Report on vaccination in Madras 1877-1894 - 1877-1894
Year: 1877
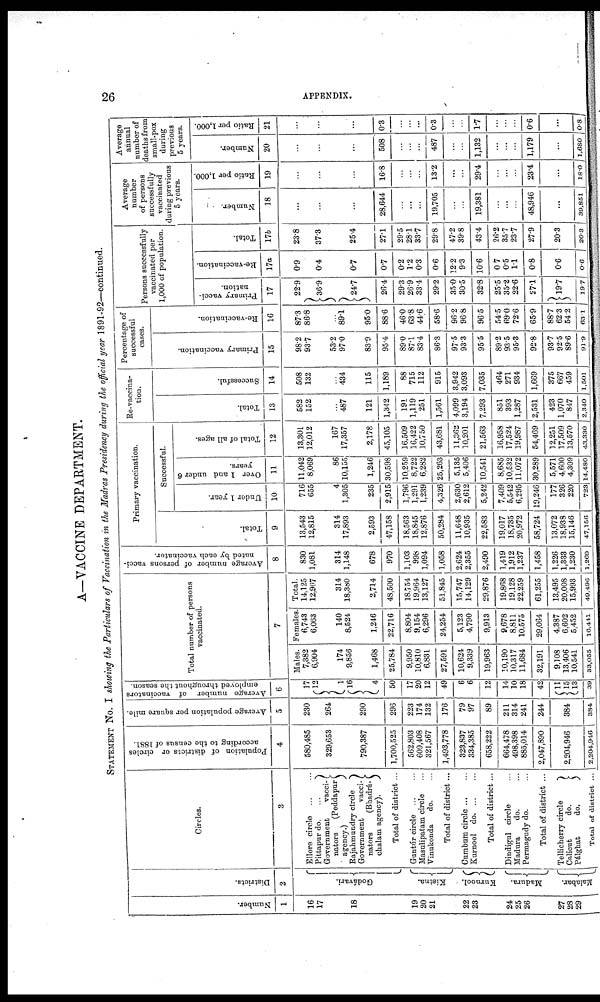
26
APPENDIX.
A—VACCINE DEPARTMENT.
STATEMENT No. I showing the Particulars of Vaccination in the Madras Presidency during the official year 1891-92—continued.
Number.
1
16
17
18
19
20
21
22
23
24
25
26
27
28
29
Districts.
2
Godávari.
Kistna.
Kurnool.
Madura.
Malabar.
Circles.
3
Ellore circle
...
...
Pittapur do.
...
Government
vacci-
nators
(Peddapur
agency.)
Rajahmundry circle
Government
vacci-
nators
(Bhadrá-
chalam agency).
Total of district ...
Guntúr circle ... ...
Masulipatam circle ...
Vinukonda
do. ...
Total of district ...
Cumbum circle ... ...
Kurnool d
o
. ... ...
Total of district ...
Dindigul circle ...
Madura
do. ...
Permagndy do. ...
Total of district ...
Tellicherry circle
Calicut
do.
Pálghat
do.
Total of district ...
Population of districts or circles
according to the census of 1881.
4
580,485
329,653
790,387
1,700,525
562,803
609,408
321,567
1,493,778
323,837
334,385
658,222
664,478
498,398
885,014
2,047,890
2,204,946
2,204,946
Average population per square mile.
5
230
264
290
296
223
174
132
176
79
97
89
211
314
241
244
384
384
Average number of vaccinators
employed throughout the season.
6
17
12
1
16
4
50
17
20
12
49
6
6
12
14
10
18
42
11
15
13
39
Total number of persons
vaccinated.
7
Males.
7,382
6,904
174
9,856
1,468
25,784
9,950
10,810
6,831
27,591
10,624
9,339
19,963
10,190
10,317
11,684
32,191
9,108
13,406
10,541
33,055
Females.
6,743
6,063
140
8,524
1,246
22,716
8,804
9,154
6,296
24,254
5,123
4,790
9,913
9,678
8,811
10,575
29,064
4,387
6,602
5,452
16,441
Total.
14,125
12,967
314
18,380
2,714
48,500
18,754
19,964
13,127
51,845
15,747
14,129
29,876
19,868
19,128
22,259
61,255
13,495
20,008
15,993
49,496
Average number of persons vacci-
nated by each vaccinator.
8
830
1,081
314
1,148
678
970
1,103
998
1,094
1,058
2,624
2,355
2,490
1,419
1,912
1,237
1,458
1,226
1,333
1,230
1,269
Primary vaccination.
Total.
9
13,543
12,815
314
17,893
2,593
47,158
18,563
18,845
12,876
50,284
11,648
10,935
22,583
19,017
18,735
20,972
58,724
13,072
18,938
15,146
47,156
Successful.
Under 1 year.
10
716
655
4
1,305
235
2,915
1,796
1,291
1,239
4,326
2,630
2,612
5,242
7,409
5,542
6,295
19,246
177
326
220
728
Over 1 and under 6
years.
11
11,042
8,069
86
10,155
1,246
30,598
10,259
8,722
6,282
25,263
5,135
5,406
10,541
8,685
10,532
11,072
30,289
5,571
4,600
4,309
14,480
Total of all ages.
12
13,301
12,012
167
17,357
2,178
45,105
16,509
16,422
10,750
43,681
11,362
10,201
21,563
16,958
17,524
19,987
54,469
12,251
17,509
13,570
43,330
Re-vaccina-
tion.
Total.
13
582
152
...
487
121
1,342
191
1,119
251
1,561
4,099
3,194
7,293
851
393
1,287
2,531
423
1,070
847
2,340
Successful.
14
508
132
...
434
115
1,189
88
715
112
915
3,942
3,093
7,035
464
271
934
1,669
375
667
459
1,601
Percentage of
successful
cases.
Primary vaccination.
15
98.2
93.7
53.2
97.0
83.9
95.4
89.0
87.1
83.4
86.8
97.5
93.3
95.5
89.2
93.5
95.3
92.8
93.7
92.5
89.6
91.9
Re-vaccination.
16
87.3
86.8
...
89.1
95.0
88.6
46.0
63.8
44.6
58.6
96.2
96.8
96.5
54.5
69.0
72.6
65.9
88.7
62.3
54.2
63.1
Persons successfully
vaccinated per
1,000 of population.
Primary vacci-
nation.
17
22.9
36.9
24.7
26.4
29.3
26.9
33.4
29.2
35.0
30.5
32.8
25.5
35.2
22.6
27.1
19.7
19.7
Re-vaccination.
17a
0.9
0.4
0.7
0.7
0.2
1.2
0.3
0.6
12.2
9.3
10.6
0.7
0.5
1.1
0.8
0.6
0.6
Total.
17b
23.8
37.3
25.4
27.1
29.5
28.1
33.7
29.8
47.2
39.8
43.4
26.2
35.7
23.7
27.9
20.3
20.3
Average
number
of persons
successfully
vaccinated
during previous
5 years.
Number.
18
...
...
...
28,644
...
...
...
19,705
...
...
19,381
...
...
...
48,946
...
39,851
Ratio per 1,000.
19
...
...
...
16.8
...
...
...
13.2
...
...
29.4
...
...
...
23.4
...
18.0
Average
annual
number of
deaths from
small-pox
during
previous
5 years.
Number.
20
...
...
...
508
...
...
...
487
...
...
1,132
...
...
...
1,179
...
1,680
Ratio per 1,000.
21
...
...
...
0.3
...
...
...
0.3
...
...
1.7
...
...
...
0.6
...
0.8